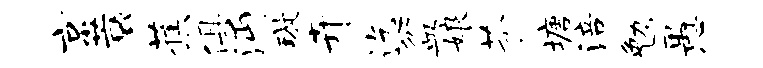
京蓑蕉俱沔璇卉迄盆娘芬塘涪勉愚